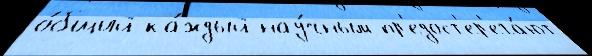
о́бщий ка́ждый нау́чным пр'едост'ер'ега́ют